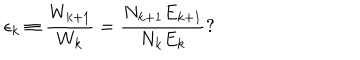
LaTeX: \epsilon _ { k } \equiv \frac { W _ { k + 1 } } { W _ { k } } = \frac { N _ { k + 1 } E _ { k + 1 } } { N _ { k } E _ { k } } ?